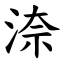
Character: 㴎